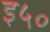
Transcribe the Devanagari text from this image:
इ५०